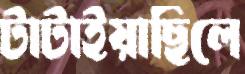
টাটাইয়াছিলে